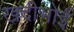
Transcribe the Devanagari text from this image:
खदीभोई